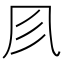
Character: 𠘱